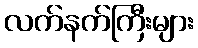
လက်နက်ကြီးများ